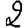
Digit: 2